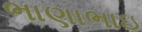
ભાણાભાઇ